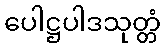
ပေါဋ္ဌပါဒသုတ္တံ